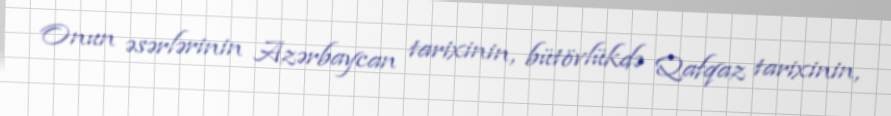
Onun əsərlərinin Azərbaycan tarixinin, bütövlükdə Qafqaz tarixinin,